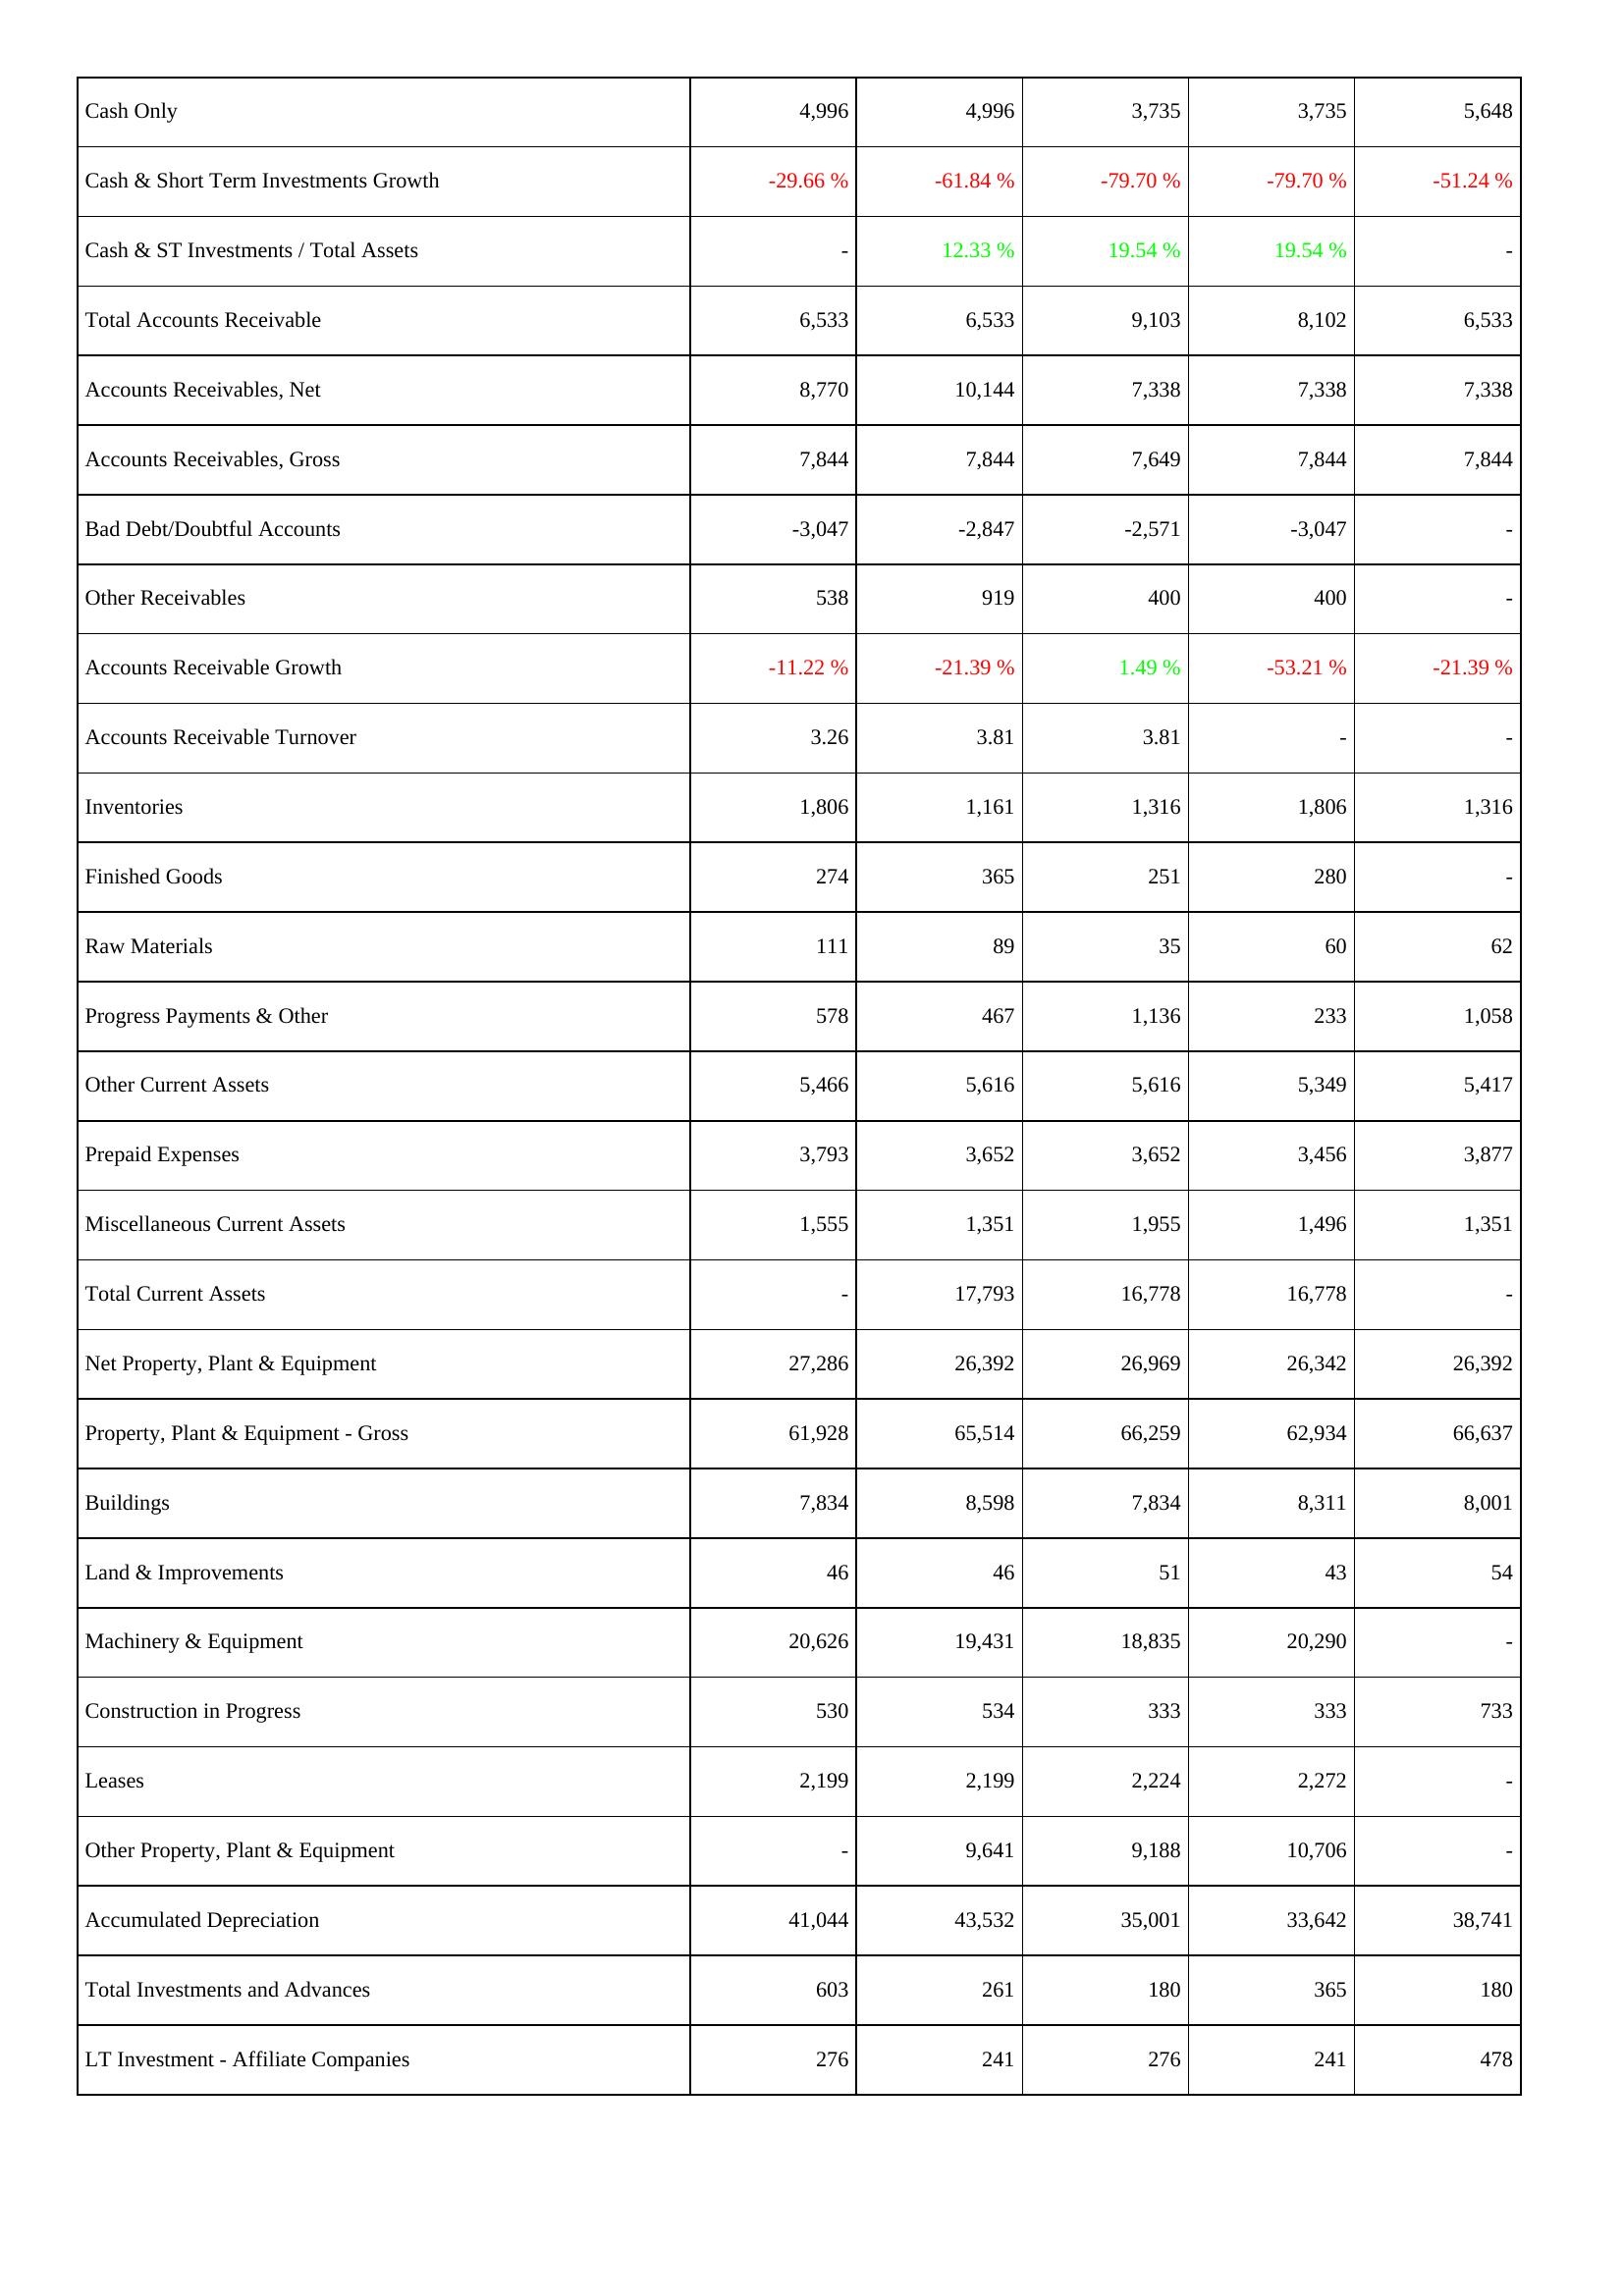
2007: Assets: Cash Only: 4,996
Cash & Short Term Investments Growth: -29.66 %
Cash & ST Investments / Total Assets: -
Total Accounts Receivable: 6,533
Accounts Receivables, Net: 8,770
Accounts Receivables, Gross: 7,844
Bad Debt/Doubtful Accounts: -3,047
Other Receivables: 538
Accounts Receivable Growth: -11.22 %
Accounts Receivable Turnover: 3.26
Inventories: 1,806
Finished Goods: 274
Raw Materials: 111
Progress Payments & Other: 578
Other Current Assets: 5,466
Prepaid Expenses: 3,793
Miscellaneous Current Assets: 1,555
Total Current Assets: -
Net Property, Plant & Equipment: 27,286
Property, Plant & Equipment - Gross: 61,928
Buildings: 7,834
Land & Improvements: 46
Machinery & Equipment: 20,626
Construction in Progress: 530
Leases: 2,199
Other Property, Plant & Equipment: -
Accumulated Depreciation: 41,044
Total Investments and Advances: 603
LT Investment - Affiliate Companies: 276
2008: Assets: Cash Only: 4,996
Cash & Short Term Investments Growth: -61.84 %
Cash & ST Investments / Total Assets: 12.33 %
Total Accounts Receivable: 6,533
Accounts Receivables, Net: 10,144
Accounts Receivables, Gross: 7,844
Bad Debt/Doubtful Accounts: -2,847
Other Receivables: 919
Accounts Receivable Growth: -21.39 %
Accounts Receivable Turnover: 3.81
Inventories: 1,161
Finished Goods: 365
Raw Materials: 89
Progress Payments & Other: 467
Other Current Assets: 5,616
Prepaid Expenses: 3,652
Miscellaneous Current Assets: 1,351
Total Current Assets: 17,793
Net Property, Plant & Equipment: 26,392
Property, Plant & Equipment - Gross: 65,514
Buildings: 8,598
Land & Improvements: 46
Machinery & Equipment: 19,431
Construction in Progress: 534
Leases: 2,199
Other Property, Plant & Equipment: 9,641
Accumulated Depreciation: 43,532
Total Investments and Advances: 261
LT Investment - Affiliate Companies: 241
2009: Assets: Cash Only: 3,735
Cash & Short Term Investments Growth: -79.70 %
Cash & ST Investments / Total Assets: 19.54 %
Total Accounts Receivable: 9,103
Accounts Receivables, Net: 7,338
Accounts Receivables, Gross: 7,649
Bad Debt/Doubtful Accounts: -2,571
Other Receivables: 400
Accounts Receivable Growth: 1.49 %
Accounts Receivable Turnover: 3.81
Inventories: 1,316
Finished Goods: 251
Raw Materials: 35
Progress Payments & Other: 1,136
Other Current Assets: 5,616
Prepaid Expenses: 3,652
Miscellaneous Current Assets: 1,955
Total Current Assets: 16,778
Net Property, Plant & Equipment: 26,969
Property, Plant & Equipment - Gross: 66,259
Buildings: 7,834
Land & Improvements: 51
Machinery & Equipment: 18,835
Construction in Progress: 333
Leases: 2,224
Other Property, Plant & Equipment: 9,188
Accumulated Depreciation: 35,001
Total Investments and Advances: 180
LT Investment - Affiliate Companies: 276
2010: Assets: Cash Only: 3,735
Cash & Short Term Investments Growth: -79.70 %
Cash & ST Investments / Total Assets: 19.54 %
Total Accounts Receivable: 8,102
Accounts Receivables, Net: 7,338
Accounts Receivables, Gross: 7,844
Bad Debt/Doubtful Accounts: -3,047
Other Receivables: 400
Accounts Receivable Growth: -53.21 %
Accounts Receivable Turnover: -
Inventories: 1,806
Finished Goods: 280
Raw Materials: 60
Progress Payments & Other: 233
Other Current Assets: 5,349
Prepaid Expenses: 3,456
Miscellaneous Current Assets: 1,496
Total Current Assets: 16,778
Net Property, Plant & Equipment: 26,342
Property, Plant & Equipment - Gross: 62,934
Buildings: 8,311
Land & Improvements: 43
Machinery & Equipment: 20,290
Construction in Progress: 333
Leases: 2,272
Other Property, Plant & Equipment: 10,706
Accumulated Depreciation: 33,642
Total Investments and Advances: 365
LT Investment - Affiliate Companies: 241
2011: Assets: Cash Only: 5,648
Cash & Short Term Investments Growth: -51.24 %
Cash & ST Investments / Total Assets: -
Total Accounts Receivable: 6,533
Accounts Receivables, Net: 7,338
Accounts Receivables, Gross: 7,844
Bad Debt/Doubtful Accounts: -
Other Receivables: -
Accounts Receivable Growth: -21.39 %
Accounts Receivable Turnover: -
Inventories: 1,316
Finished Goods: -
Raw Materials: 62
Progress Payments & Other: 1,058
Other Current Assets: 5,417
Prepaid Expenses: 3,877
Miscellaneous Current Assets: 1,351
Total Current Assets: -
Net Property, Plant & Equipment: 26,392
Property, Plant & Equipment - Gross: 66,637
Buildings: 8,001
Land & Improvements: 54
Machinery & Equipment: -
Construction in Progress: 733
Leases: -
Other Property, Plant & Equipment: -
Accumulated Depreciation: 38,741
Total Investments and Advances: 180
LT Investment - Affiliate Companies: 478